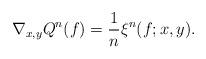
LaTeX: \begin{align*}\nabla_{x,y} Q^n(f) = \frac{1}{n} \xi^n(f;x,y).\end{align*}